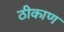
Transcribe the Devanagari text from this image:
ठीकाण